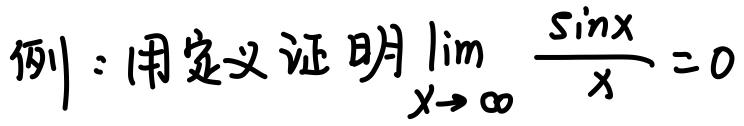
例：用定义证明$\lim_{x \to \infty} \frac{\sin x}{x} = 0$